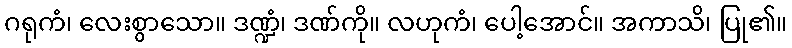
ဂရုကံ၊ လေးစွာသော။ ဒဏ္ဍံ၊ ဒဏ်ကို။ လဟုကံ၊ ပေါ့အောင်။ အကာသိ၊ ပြု၏။